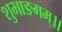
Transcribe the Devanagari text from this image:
शुभाङगम्।।